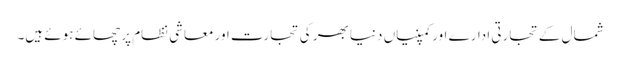
شمال کے تجارتی ادارے اور کمپنیاں دنیا بھر کی تجارت اور معاشی نظام پر چھائے ہوئے ہیں۔